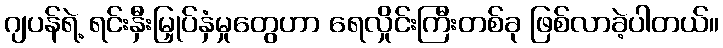
ဂျပန်ရဲ့ ရင်းနှီးမြှုပ်နှံမှုတွေဟာ ရေလှိုင်းကြီးတစ်ခု ဖြစ်လာခဲ့ပါတယ်။